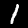
Label: 1